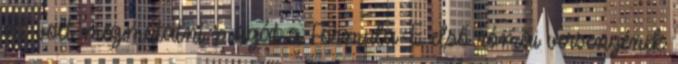
ott volt megmutatni magát a Formula-E első római versenyének